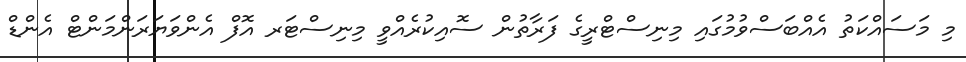
މި މަސައްކަތު އެއްބަސްވުމުގައި މިނިސްޓްރީގެ ފަރާތުން ސޮއިކުރެއްވީ މިނިސްޓަރ އޮފް އެންވަޔަރަންމަންޓް އެންޑް